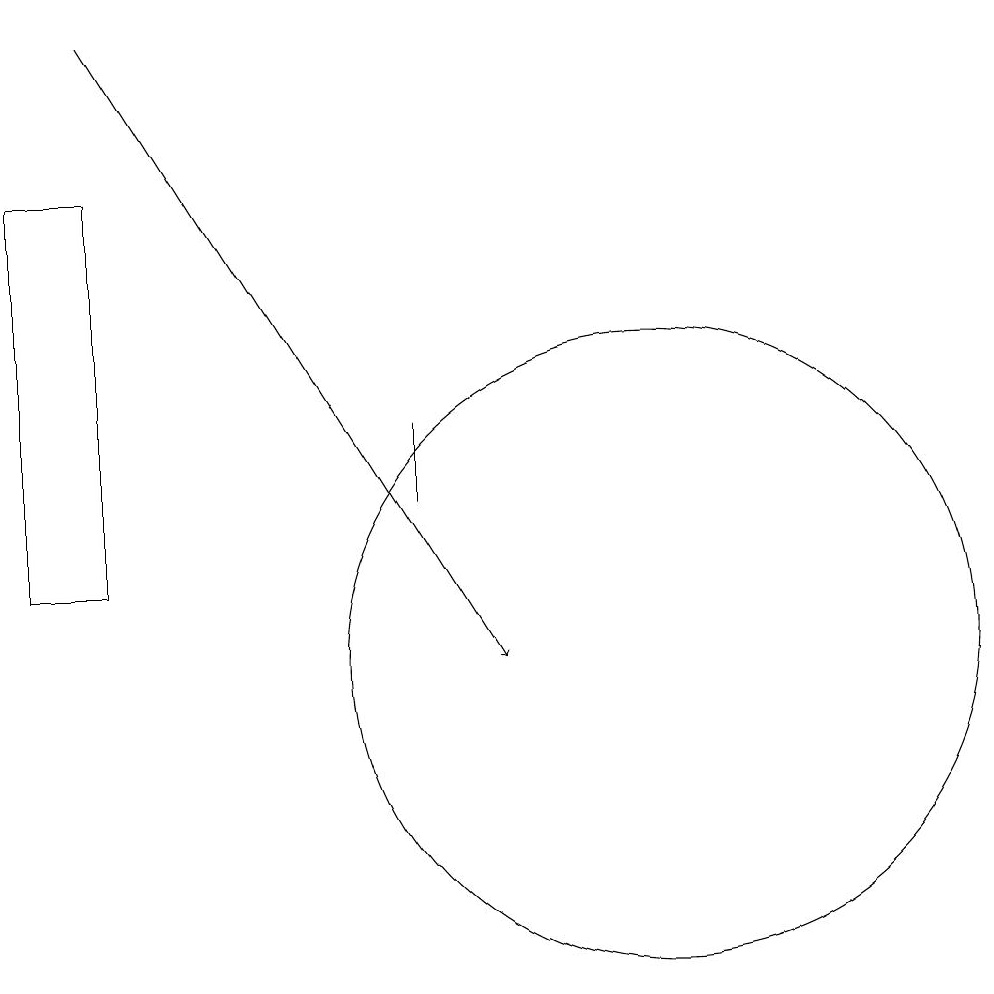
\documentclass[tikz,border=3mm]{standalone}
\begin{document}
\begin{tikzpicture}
\draw[->] (4,18) -- (9,10);
\draw (8,12) rectangle (8,13);
\draw (11,10) circle (4);
\draw (3,16) rectangle (4,11);
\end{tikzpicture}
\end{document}